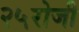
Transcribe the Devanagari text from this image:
२५रोजी